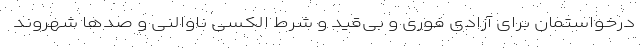
درخواستمان برای آزادی فوری و بی‌قید و شرط الکسی ناوالنی و صدها شهروند